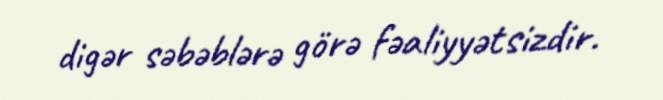
digər səbəblərə görə fəaliyyətsizdir.